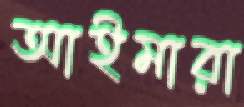
আইমারা